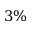
3 \%